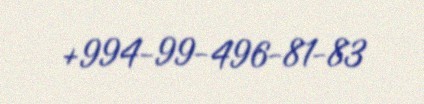
+994-99-496-81-83